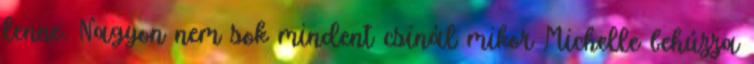
lenne. Nagyon nem sok mindent csinál mikor Michelle behúzza